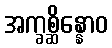
အက္ခစ္ဆိန္နောဝ